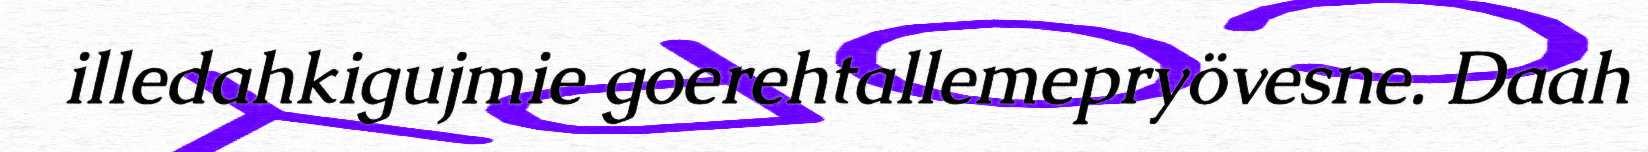
illedahkigujmie goerehtallemepryövesne. Daah